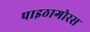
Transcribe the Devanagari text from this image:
पाइठागोरस